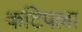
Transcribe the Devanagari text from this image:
कटिपल्ला